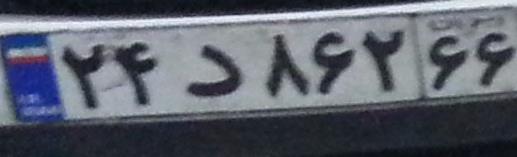
۲۴د۸۶۲۶۶